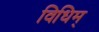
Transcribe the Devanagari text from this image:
विधिम्